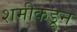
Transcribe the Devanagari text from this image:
शमीकडून